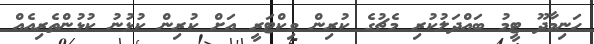
ހަނިމާދޫ ޓީމު ބައްދަލުކުރި މެޗުގެ ކުރިން ވިކްޓަރީ އަށް ކުރިން ކުޅުނު ކުޅުންތެރިއެއް